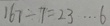
1 6 7 \div 7 = 2 3 \cdots 6